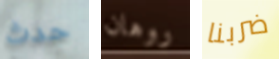
حدث روهان ضربنا